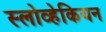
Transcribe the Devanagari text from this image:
स्लोव्हेकियन